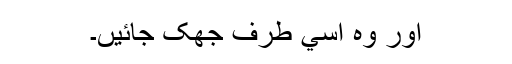
اور وہ اسي طرف جھک جائيں۔